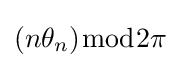
(n\theta _{n}){\bmod {2}}\pi